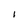
Character: I